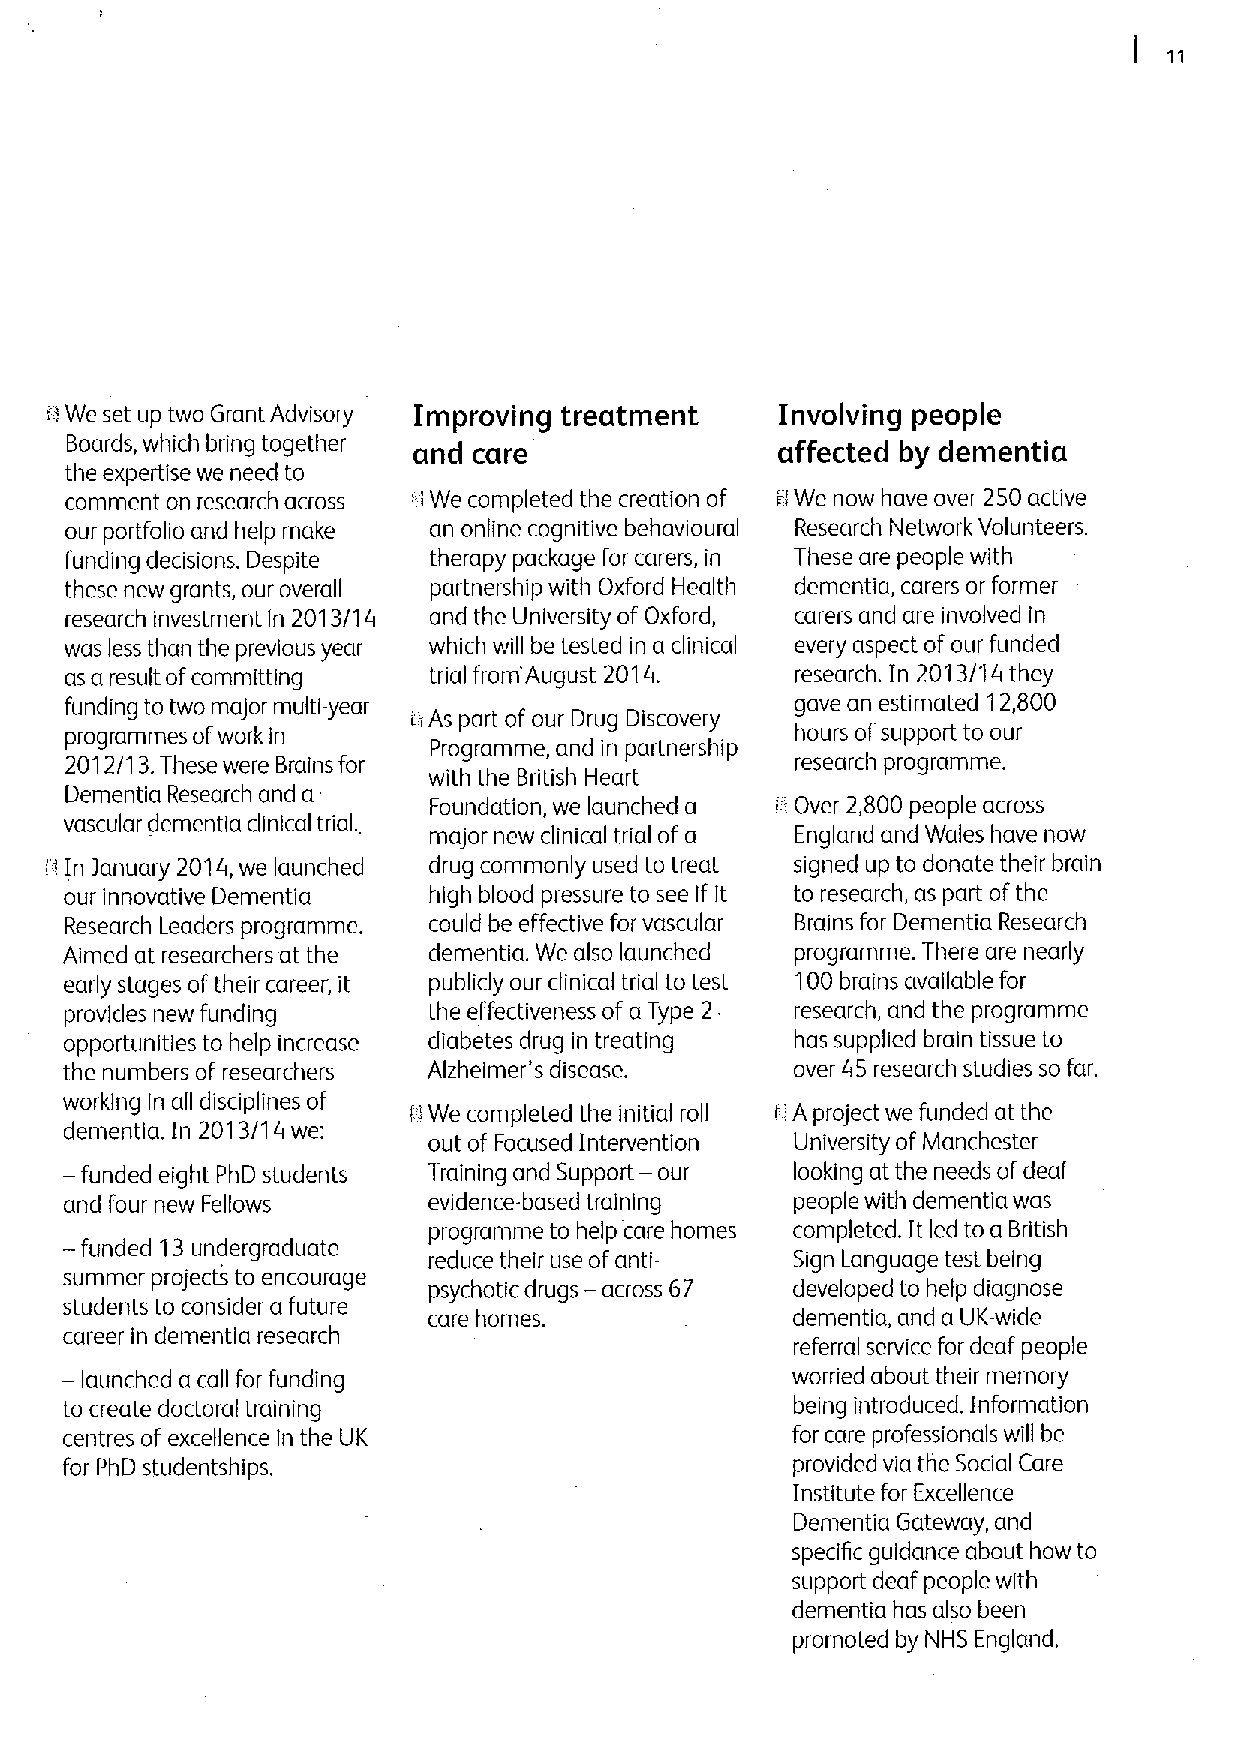
". We set up two Grant Advisory Improving treatment Involving people
 Boards, which bring together and care          affected by dementia
 the expertise we need to
 comment on research across We completed the creation of 0We now have over 250 active
 i I
 our portfolio and help make an online cognitive behavioural Research Network Volunteers.
 funding decisions. Despite therapy package for carers, in These are people with
 these new grants, our overall partnership with Oxford Health dementia, carers or former
 research investment ln 2013/14 and the University of Oxford, carers and are involved in
 was less than the previous year which will be tested in a clinical every aspect of our funded
 as a result ofcommitting trial from'August 2014. research. In 2013/14 they
 funding to two major multi-year                  gave an estimated 'l 2,800
 ilAs part of our Drug Discovery
 programmes ofwork in                             hours ofsupport to our
 Programme, and in partnership
 2012/13.These were Brains for                    research programme.
 with the British Heart
 Dementia Research and a Foundation, we launched a i: Over 2,800 people across
 vascular dementia clinical trial.
 major new clinical trial of a England and Wales have now
 H In )anuary 2014,we launched drug commonly used to treat signed up to donate their brain
 our innovative Dementia high blood pressure to see if it to research, as part ofthe
 Research Leaders programme. could be effective for vascular Brains for Dementia Research
 Aimed at researchers at the dementia. We also launched programme. There are nearly
 early stages oftheir career, it publicly our clinical trial to test 100brains available for
 provides new funding    the effectiveness of a Type 2 research, and the programme
 opportunities to help increase diabetes drug in treating has supplied brain tissue to
 the numbers of researchers Alzheimer's disease.  over 45 research studies so far.
 working in all disciplines of IiWe completed the initial roll r A project we funded at the
 dementia. In 2013/14 we:
 out of Focused Intervention University of Manchester
 — funded eight PhD students Training and Support — our looking at the needs ofdeaf
 and four new Fellows    evidence-based training  people with dementia was
 programme to help care homes completed. It led to a British
 — funded 13undergraduate
 reduce their use ofanti- Sign Language test being
 summer projects to encourage psychotic drugs — across 67 developed to help diagnose
 students to consider a future
 care homes.             dementia, and a UK-wide
 career in dementia research                      referral service for deaf people
 — launched a call for funding                   worried about their memory
 to create doctoral training                      being introduced. Information
 centres of excellence in the UK                 for care professionals will be
 for PhD studentships.                           provided via the Social Care
 Institute for Excellence
 Dementia Gateway, and
 specific guidance about how to
 support deaf people with
 dementia has also been
 promoted by NHS England.